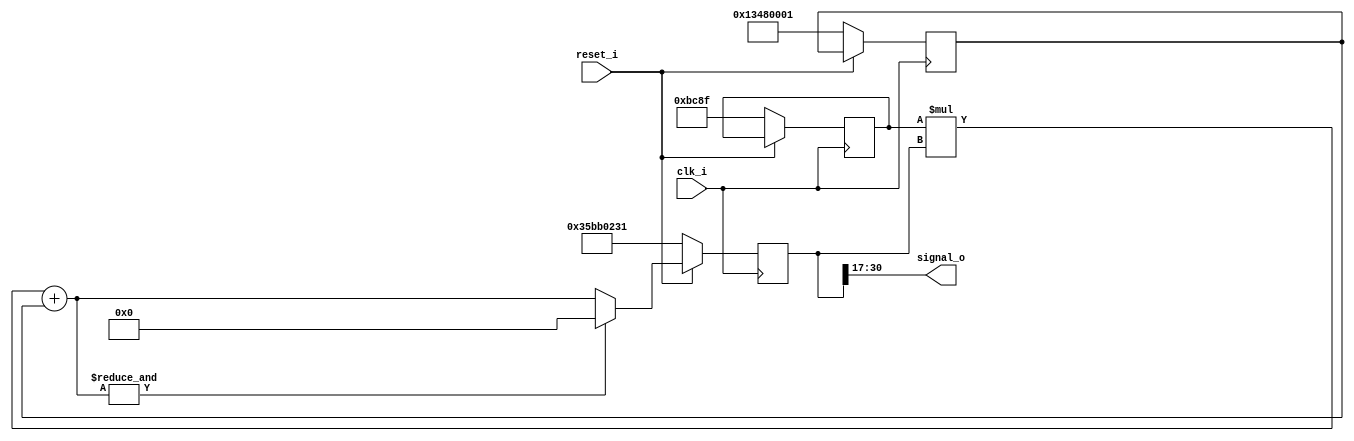
module red_pitaya_prng_lehmer #(
    parameter     A = 48271,      // recommended by Park and Miller
    parameter     B = 323485697,
    parameter     SEED = 901448241,
    parameter     STATEBITS = 31,
    parameter     OUTBITS   = 14
)
(
    input clk_i,
    input reset_i  ,
    output signed [OUTBITS-1:0] signal_o
);

reg [STATEBITS-1:0] xn;
wire [STATEBITS-1:0] xn_wire;
reg [STATEBITS-1:0] b;
reg [16-1:0] a;

always @(posedge clk_i)
if (reset_i == 1'b0) begin
   a <= A;
   b <= B;   // whatever
   xn <= SEED ; // whatever
end else begin
   xn <= ((&xn_wire)==1'b1) ? {STATEBITS{1'b0}} : xn_wire;
   // = very wrong modulo 2**31-1, but halves number of bits and gives
   // period of about 125 MHz and seemingly white noise
end

assign xn_wire = a * xn + b;
assign signal_o = xn[STATEBITS-1:STATEBITS-OUTBITS];
//signal_o will carry values between 0 and 2**(RSZ)-2

endmodule